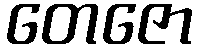
တေဇော